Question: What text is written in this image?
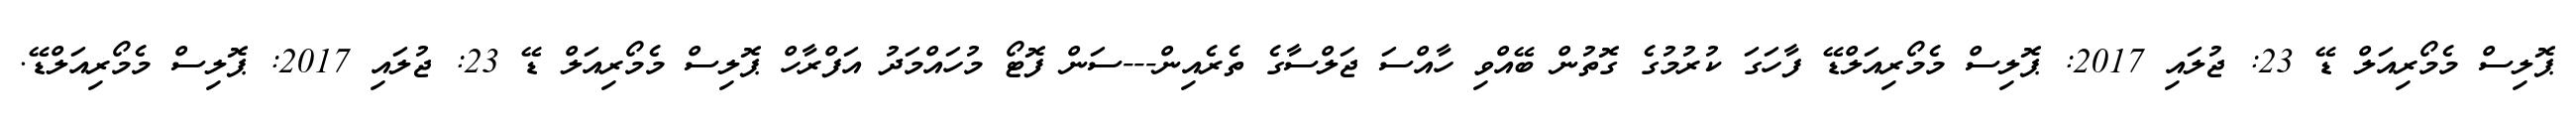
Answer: ޕޮލިސް މެމޯރިއަލް ޑޭ 23: ޖުލައި 2017: ޕޮލިސް މެމޯރިއަލްޑޭ ފާހަގަ ކުރުމުގެ ގޮތުން ބޭއްވި ހާއްސަ ޖަލްސާގެ ތެރެއިން---ސަން ފޮޓޯ މުހައްމަދު އަފްރާހް ޕޮލިސް މެމޯރިއަލް ޑޭ 23: ޖުލައި 2017: ޕޮލިސް މެމޯރިއަލްޑޭ.